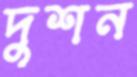
দুশন